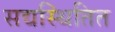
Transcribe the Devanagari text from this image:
सद्यस्थितित